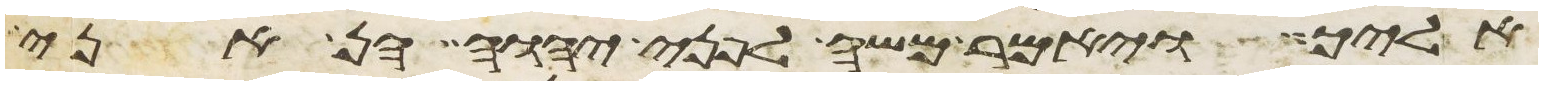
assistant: אליך ויאמר משה לפני יהוה הן אני